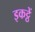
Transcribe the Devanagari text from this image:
इकट्ठें